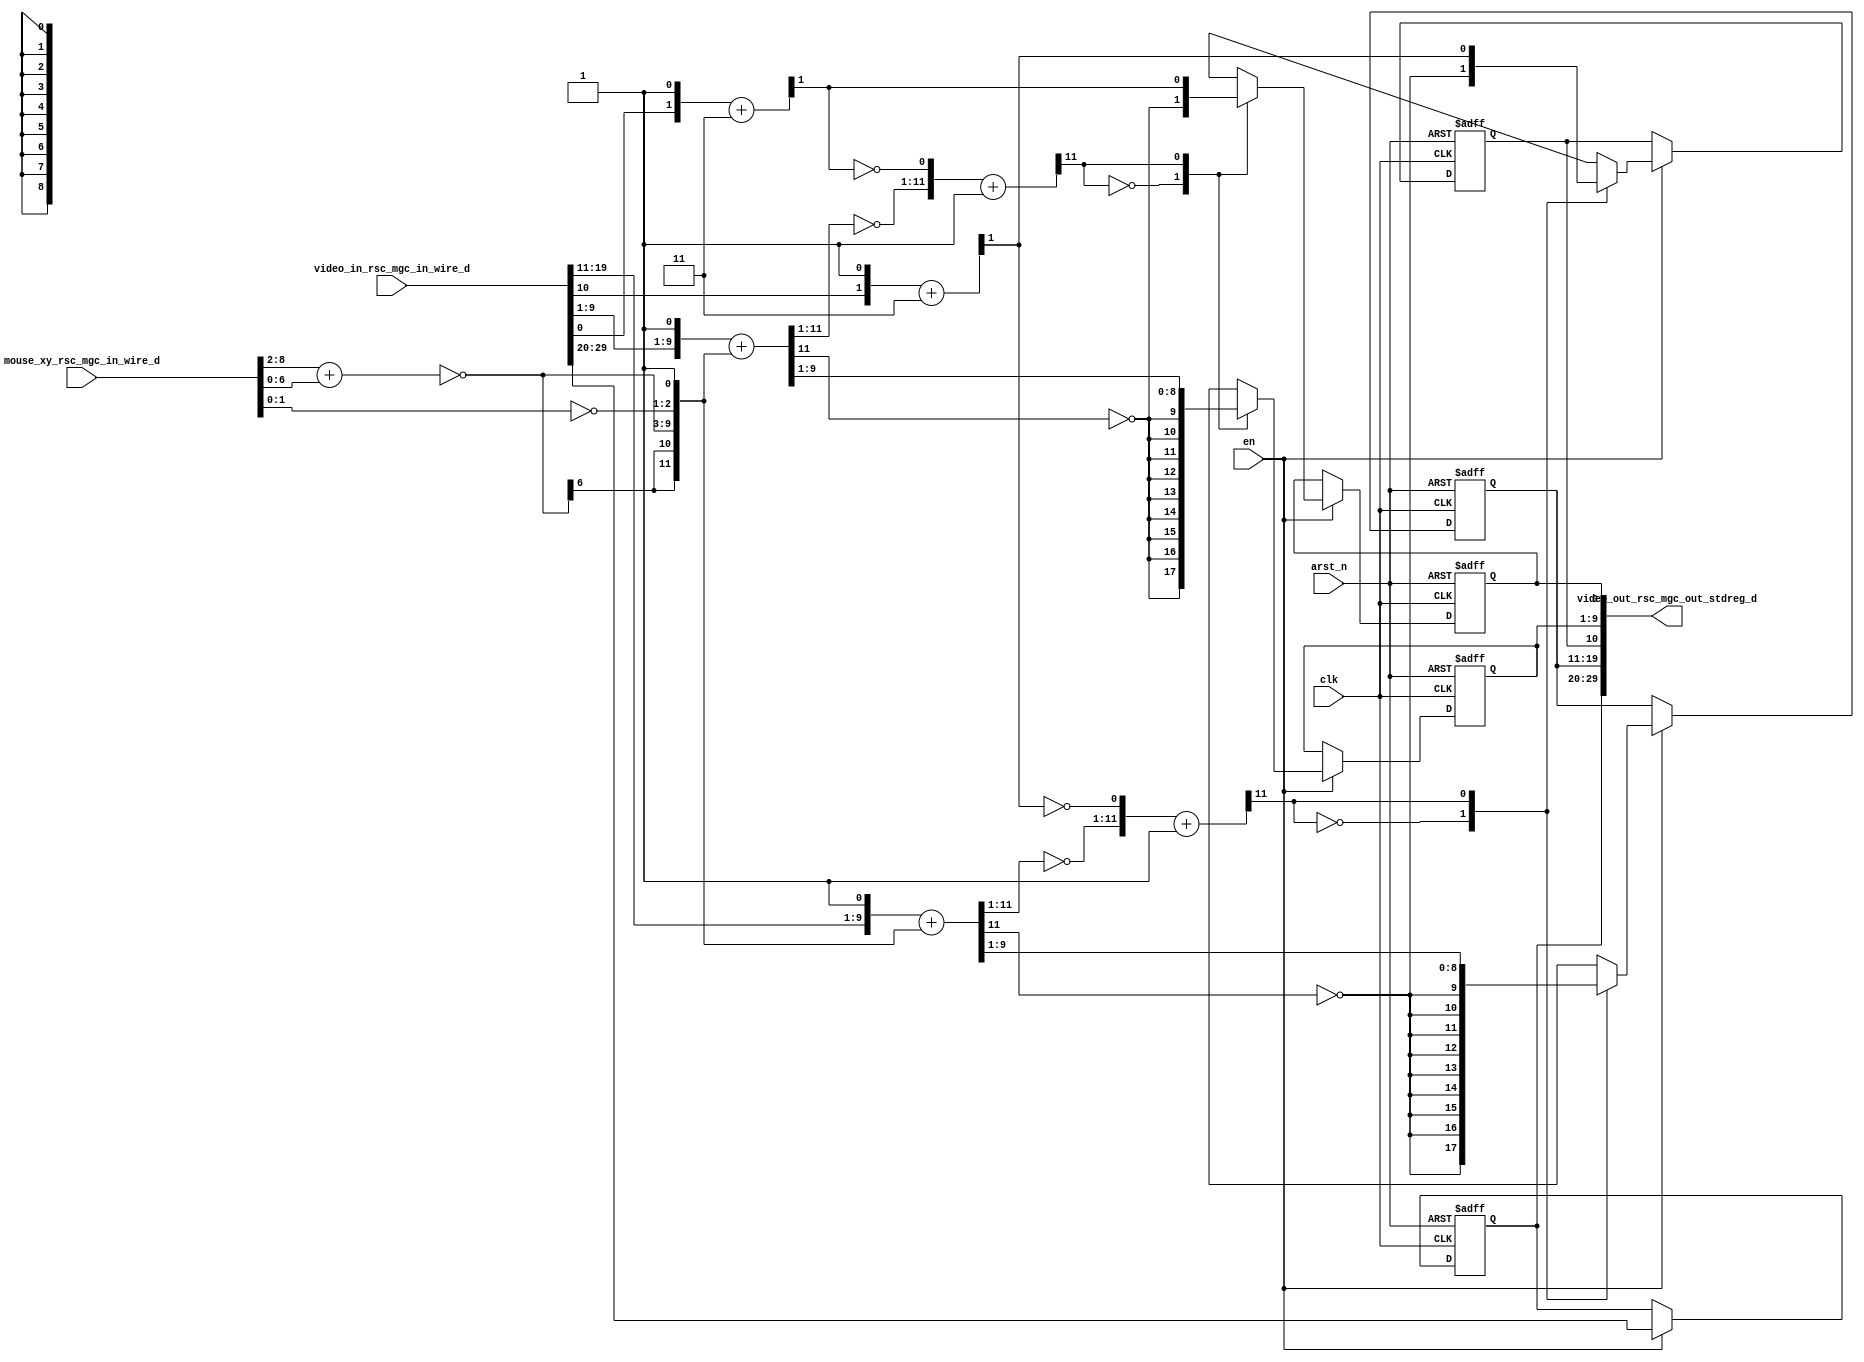
module red_tint_core (
  clk, en, arst_n, video_in_rsc_mgc_in_wire_d, video_out_rsc_mgc_out_stdreg_d, mouse_xy_rsc_mgc_in_wire_d
);
  input clk;
  input en;
  input arst_n;
  input [29:0] video_in_rsc_mgc_in_wire_d;
  output [29:0] video_out_rsc_mgc_out_stdreg_d;
  input [19:0] mouse_xy_rsc_mgc_in_wire_d;


  // Interconnect Declarations
  reg [9:0] reg_video_out_rsc_mgc_out_stdreg_d_tmp;
  reg [8:0] reg_video_out_rsc_mgc_out_stdreg_d_tmp_1;
  reg reg_video_out_rsc_mgc_out_stdreg_d_tmp_2;
  reg [8:0] reg_video_out_rsc_mgc_out_stdreg_d_tmp_3;
  reg reg_video_out_rsc_mgc_out_stdreg_d_tmp_4;
  wire [11:0] makepos_acc_1_itm;
  wire [12:0] nl_makepos_acc_1_itm;
  wire [11:0] makepos_1_acc_1_itm;
  wire [12:0] nl_makepos_1_acc_1_itm;
  wire [11:0] acc_5_itm;
  wire [12:0] nl_acc_5_itm;
  wire [1:0] acc_4_itm;
  wire [2:0] nl_acc_4_itm;
  wire [11:0] acc_7_itm;
  wire [12:0] nl_acc_7_itm;
  wire [1:0] acc_6_itm;
  wire [2:0] nl_acc_6_itm;
  wire [6:0] acc_2_itm;
  wire [7:0] nl_acc_2_itm;


  // Interconnect Declarations for Component Instantiations 
  assign nl_makepos_acc_1_itm = ({(~ (acc_5_itm[11:1])) , (~ (acc_4_itm[1]))}) +
      12'b1;
  assign makepos_acc_1_itm = nl_makepos_acc_1_itm[11:0];
  assign nl_makepos_1_acc_1_itm = ({(~ (acc_7_itm[11:1])) , (~ (acc_6_itm[1]))})
      + 12'b1;
  assign makepos_1_acc_1_itm = nl_makepos_1_acc_1_itm[11:0];
  assign video_out_rsc_mgc_out_stdreg_d = {reg_video_out_rsc_mgc_out_stdreg_d_tmp
      , reg_video_out_rsc_mgc_out_stdreg_d_tmp_1 , reg_video_out_rsc_mgc_out_stdreg_d_tmp_2
      , reg_video_out_rsc_mgc_out_stdreg_d_tmp_3 , reg_video_out_rsc_mgc_out_stdreg_d_tmp_4};
  assign nl_acc_5_itm = conv_u2u_10_12({(video_in_rsc_mgc_in_wire_d[19:11]) , 1'b1})
      + conv_s2u_10_12({(~ acc_2_itm) , (~ (mouse_xy_rsc_mgc_in_wire_d[1:0])) , 1'b1});
  assign acc_5_itm = nl_acc_5_itm[11:0];
  assign nl_acc_4_itm = ({(video_in_rsc_mgc_in_wire_d[10]) , 1'b1}) + 2'b11;
  assign acc_4_itm = nl_acc_4_itm[1:0];
  assign nl_acc_7_itm = conv_u2u_10_12({(video_in_rsc_mgc_in_wire_d[9:1]) , 1'b1})
      + conv_s2u_10_12({(~ acc_2_itm) , (~ (mouse_xy_rsc_mgc_in_wire_d[1:0])) , 1'b1});
  assign acc_7_itm = nl_acc_7_itm[11:0];
  assign nl_acc_6_itm = ({(video_in_rsc_mgc_in_wire_d[0]) , 1'b1}) + 2'b11;
  assign acc_6_itm = nl_acc_6_itm[1:0];
  assign nl_acc_2_itm = (mouse_xy_rsc_mgc_in_wire_d[8:2]) + (mouse_xy_rsc_mgc_in_wire_d[6:0]);
  assign acc_2_itm = nl_acc_2_itm[6:0];
  always @(posedge clk or negedge arst_n) begin
    if ( ~ arst_n ) begin
      reg_video_out_rsc_mgc_out_stdreg_d_tmp <= 10'b0;
      reg_video_out_rsc_mgc_out_stdreg_d_tmp_1 <= 9'b0;
      reg_video_out_rsc_mgc_out_stdreg_d_tmp_2 <= 1'b0;
      reg_video_out_rsc_mgc_out_stdreg_d_tmp_3 <= 9'b0;
      reg_video_out_rsc_mgc_out_stdreg_d_tmp_4 <= 1'b0;
    end
    else begin
      if ( en ) begin
        reg_video_out_rsc_mgc_out_stdreg_d_tmp <= video_in_rsc_mgc_in_wire_d[29:20];
        reg_video_out_rsc_mgc_out_stdreg_d_tmp_1 <= MUX_v_9_2_2({(signext_9_1(~ (acc_5_itm[11])))
            , (acc_5_itm[9:1])}, makepos_acc_1_itm[11]);
        reg_video_out_rsc_mgc_out_stdreg_d_tmp_2 <= MUX_s_1_2_2({(~ (acc_5_itm[11]))
            , (acc_4_itm[1])}, makepos_acc_1_itm[11]);
        reg_video_out_rsc_mgc_out_stdreg_d_tmp_3 <= MUX_v_9_2_2({(signext_9_1(~ (acc_7_itm[11])))
            , (acc_7_itm[9:1])}, makepos_1_acc_1_itm[11]);
        reg_video_out_rsc_mgc_out_stdreg_d_tmp_4 <= MUX_s_1_2_2({(~ (acc_7_itm[11]))
            , (acc_6_itm[1])}, makepos_1_acc_1_itm[11]);
      end
    end
  end

  function [8:0] MUX_v_9_2_2;
    input [17:0] inputs;
    input [0:0] sel;
    reg [8:0] result;
  begin
    case (sel)
      1'b0 : begin
        result = inputs[17:9];
      end
      1'b1 : begin
        result = inputs[8:0];
      end
      default : begin
        result = inputs[17:9];
      end
    endcase
    MUX_v_9_2_2 = result;
  end
  endfunction


  function [8:0] signext_9_1;
    input [0:0] vector;
  begin
    signext_9_1= {{8{vector[0]}}, vector};
  end
  endfunction


  function [0:0] MUX_s_1_2_2;
    input [1:0] inputs;
    input [0:0] sel;
    reg [0:0] result;
  begin
    case (sel)
      1'b0 : begin
        result = inputs[1:1];
      end
      1'b1 : begin
        result = inputs[0:0];
      end
      default : begin
        result = inputs[1:1];
      end
    endcase
    MUX_s_1_2_2 = result;
  end
  endfunction


  function  [11:0] conv_u2u_10_12 ;
    input [9:0]  vector ;
  begin
    conv_u2u_10_12 = {{2{1'b0}}, vector};
  end
  endfunction


  function  [11:0] conv_s2u_10_12 ;
    input signed [9:0]  vector ;
  begin
    conv_s2u_10_12 = {{2{vector[9]}}, vector};
  end
  endfunction

endmodule
module red_tint (
  video_in_rsc_z, video_out_rsc_z, mouse_xy_rsc_z, clk, en, arst_n
);
  input [29:0] video_in_rsc_z;
  output [29:0] video_out_rsc_z;
  input [19:0] mouse_xy_rsc_z;
  input clk;
  input en;
  input arst_n;


  // Interconnect Declarations
  wire [29:0] video_in_rsc_mgc_in_wire_d;
  wire [29:0] video_out_rsc_mgc_out_stdreg_d;
  wire [19:0] mouse_xy_rsc_mgc_in_wire_d;


  // Interconnect Declarations for Component Instantiations 
  mgc_in_wire #(.rscid(1),
  .width(30)) video_in_rsc_mgc_in_wire (
      .d(video_in_rsc_mgc_in_wire_d),
      .z(video_in_rsc_z)
    );
  mgc_out_stdreg #(.rscid(2),
  .width(30)) video_out_rsc_mgc_out_stdreg (
      .d(video_out_rsc_mgc_out_stdreg_d),
      .z(video_out_rsc_z)
    );
  mgc_in_wire #(.rscid(3),
  .width(20)) mouse_xy_rsc_mgc_in_wire (
      .d(mouse_xy_rsc_mgc_in_wire_d),
      .z(mouse_xy_rsc_z)
    );
  red_tint_core red_tint_core_inst (
      .clk(clk),
      .en(en),
      .arst_n(arst_n),
      .video_in_rsc_mgc_in_wire_d(video_in_rsc_mgc_in_wire_d),
      .video_out_rsc_mgc_out_stdreg_d(video_out_rsc_mgc_out_stdreg_d),
      .mouse_xy_rsc_mgc_in_wire_d(mouse_xy_rsc_mgc_in_wire_d)
    );
endmodule